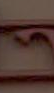
ངན་